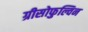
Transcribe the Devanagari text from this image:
ग्रीसोफुल्विन